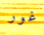
غور